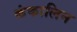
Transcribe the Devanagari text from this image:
कंकालिन